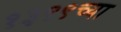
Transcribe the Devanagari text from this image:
१३९९च्या